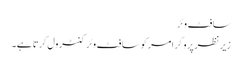
سافٹ وئر
زیر نظر پروگرامر کو سافٹ وئر کنٹرول کرتا ہے۔